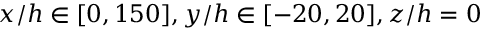
x / h \in [ 0 , 1 5 0 ] , y / h \in [ - 2 0 , 2 0 ] , z / h = 0